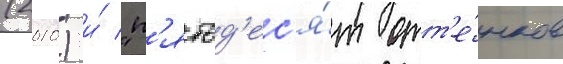
(2010) и́ "п'ятьд'ес'я́т отт'е́нков